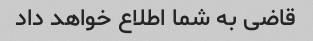
قاضی به شما اطلاع خواهد داد